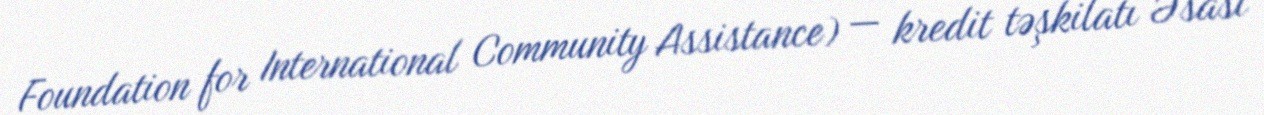
Foundation for International Community Assistance) — kredit təşkilatı Əsası